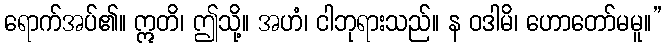
ရောက်အပ်၏။ ဣတိ၊ ဤသို့။ အဟံ၊ ငါဘုရားသည်။ န ဝဒါမိ၊ ဟောတော်မမူ။”